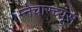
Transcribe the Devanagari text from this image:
म्नेचारच्यूस